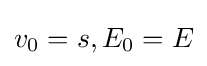
v_{0}=s,E_{0}=E